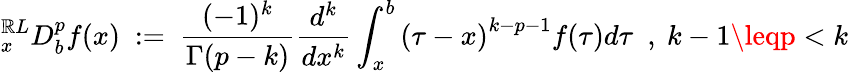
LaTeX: {}_{x}^{\mathbb{R}L}D_{b}^{p}f(x)~:=~{\frac{{(-1)^{k}}}{{\Gamma(p-k)}}}{\frac{{d^{k}}}{{dx^{k}}}}\int_{x}^{b}{(\tau-x)}^{k-p-1}f(\tau)d\tau~~,~k-1\leqp<k